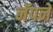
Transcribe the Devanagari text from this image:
नॅपने